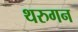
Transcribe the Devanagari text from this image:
थरुगन